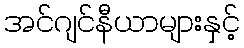
အင်ဂျင်နီယာများနှင့်